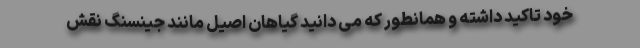
خود تاکید داشته و همانطور که می دانید گیاهان اصیل مانند جینسنگ نقش